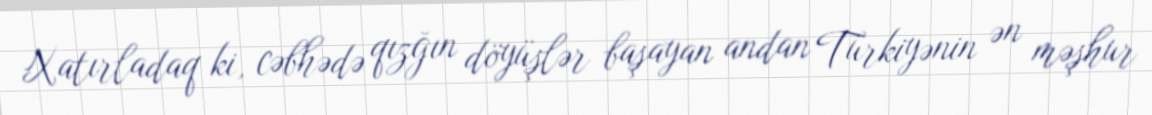
Xatırladaq ki, cəbhədə qızğın döyüşlər başayan andan Türkiyənin ən məşhur